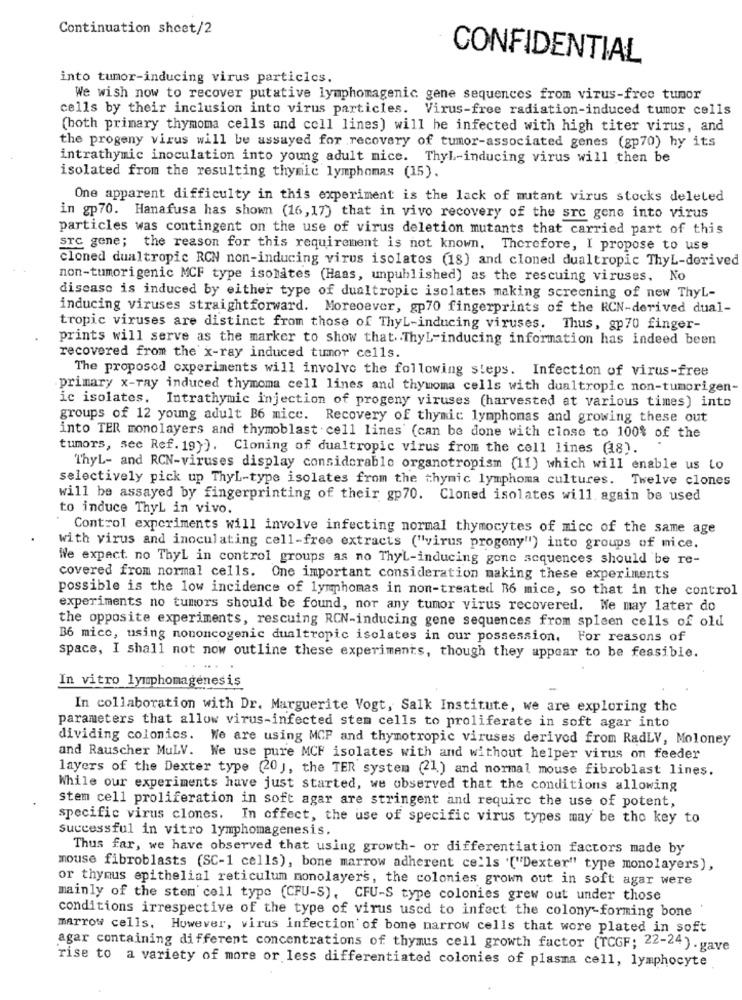
Continuation sheet/2
CONFIDENTIAL
into tumor-inducing virus particles.
We wish now to recover putative lymphomagenic gene sequences from virus-free tumor
cells by their inclusion into virus particles. Virus-free radiation-induced tumor cells
(both primary thymoma cells and cell lines) will be infected with high titer virus, and
the progeny virus will be assayed for recovery of tumor-associated genes (gp70) hy its
intrathymic inoculation into young adult nice. ThyL-inducing virus will then be
isolated from the resulting thymic lymphomas (15).
One apparent difficulty in this experiment is the lack of mutant virus stocks deleted
in gp70. Hanafusa has shown (16, 17) that in vivo recovery of the src gene into virus
particles was contingent on the use of virus deletion mutants that carried part of this
STC gene; the reason for this requirement is not known. Therefore, I propose to use
cloned dualtropic RCN non-inducing virus isolates (18) and cloned dualtropic ThyL-derived
non-tumorigenic MCF type isolates (Haas, unpublished) as the rescuing viruses, No
disease is induced by either type of dualtropic isolates making screening of new ThyL-
inducing viruses straightforward. Moreoever, gp70 fingerprints of the RCN-derived dual-
tropic viruses are distinct from those of ThyL-inducing viruses. Thus, gp70 finger-
prints will serve as the marker to show that. ThyL-inducing information has indeed been
recovered from the x-ray induced tumor cells.
The proposod experiments will involve the following steps. Infection of virus-free
.primary x-ray induced thymoma cell lines and thymoma cells with dualtropic non-tumorigen-
ic isolates. Intrathymic injection of progeny viruses (harvested at various times) into
groups of 12 young adult B6 mice. Recovery of thymic lymphomas and growing these out
into TER monolayers and thymoblast cell lines (can be done with close to 100% of the
tumors, see Ref. 19}). Cloning of dualtropic virus from the cell lines (18).
ThyL- and RCN-viruses display considerable organotropism (11) which will enable us Lo
selectively pick up ThyL-type isolates from the thymic lymphoma cultures. Twelve clones
will be assayed by fingerprinting of their gp70. Cloned isolates will again be used
to induce ThyL in vivo.
Control experiments will involve infecting normal thymocytes of mice of the same age
with virus and inoculating cell-free extracts ("virus progeny") into groups of mice.
We expect. no ThyL in control groups as no ThyL-inducing gone sequences should be re-
covered from normal cells. One important consideration making these experiments
possible is the low incidence of lymphomas in non-treated B6 mice, so that in the control
experiments no tumors should be found, nor any tumor virus recovered. We may later do
the opposite experiments, rescuing RCN-inducing gene sequences from spleen cells of old
B6 mico, using nononcogenic dualtropic isolates in our possession. For reasons of
space, I shall not now outline these experiments, though they appear to be feasible.
In vitro lymphomagenesis
In collaboration with Dr. Marguerite Vogt, Salk Institute, we are exploring the
parameters that allow virus-infected stem cells to proliferate in soft agar into
dividing colonics. We are using MCF and thymotropic viruses derived from RadLV, Moloney
and Rauscher MuLV. Ne use pure MCF isolates with and without helper virus on feeder
layers of the Dexter type (20 ), the TER system (21) and normal mouse fibroblast lines.
While our experiments have just started, we observed that the conditions allowing
stem cell proliferation in soft agar are stringent and require the use of potent,
specific virus clones. In effect, the use of specific virus types may be the key to
successful in vitro lymphomagenesis.
Thus far, we have observed that using growth- or differentiation factors made by
mouse fibroblasts (SC-1 cells), bone marrow adherent cells '["Dexter" type monolayers),
or thymus epithelial reticulum monolayers, the colonies grown out in soft agar were
mainly of the stem cell type (CFU-S), CFU-S type colonies grew out under those
conditions irrespective of the type of virus used to infect the colony-forming bone
marrow cells. However, virus infection of bone marrow cells that wore plated in soft
agar containing different concentrations of thymus cell growth factor (TCGF; 22-24) . gave
rise to a variety of more or less differentiated colonies of plasma cell, lymphocyte